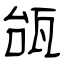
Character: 瓵